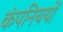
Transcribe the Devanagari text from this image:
कंपनिययों